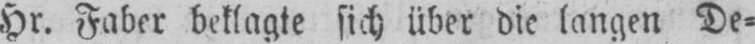
Hr. Faber beklagte sich über die langen De⸗